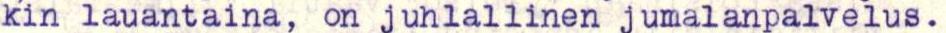
kin lauantaina, on juhlallinen jumalanpalvelus.